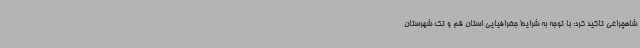
شاهچراغی تاکید کرد: با توجه به شرایط جغرافیایی استان قم و تک شهرستان